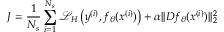
J = \frac { 1 } { N _ { s } } \sum _ { i = 1 } ^ { N _ { s } } \mathcal { L } _ { H } \left( y ^ { ( i ) } , f _ { \theta } ( x ^ { ( i ) } ) \right) + \alpha | | D f _ { \theta } ( x ^ { ( i ) } ) | | _ { 2 } ^ { 2 }